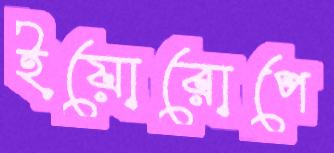
ইয়োরোপে